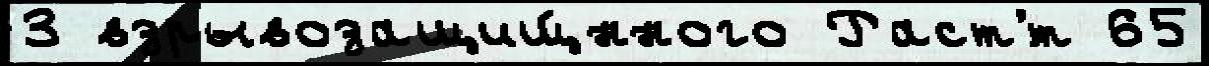
3 взрывозащищ́нного Раст'́т 65